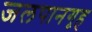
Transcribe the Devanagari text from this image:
जलपानगृह